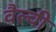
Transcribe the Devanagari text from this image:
वैल्वी